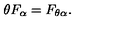
\theta F _ { \alpha } = F _ { \theta \alpha } .